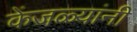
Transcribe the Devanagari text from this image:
केंजळ्यांनी